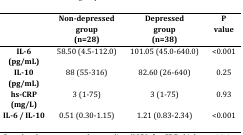
<table><thead><tr><td></td><td><b>Non-depressed group(n=28)</b></td><td><b>Depressed group(n=38)</b></td><td><b>P value</b></td></tr></thead><tbody><tr><td><b>IL-6 </b><b>(pg/mL)</b></td><td>58.50 (4.5-112.0)</td><td>101.05 (45.0-640.0)</td><td>&lt;0.001</td></tr><tr><td><b>IL-10 </b><b>(pg/mL)</b></td><td>88 (55-316)</td><td>82.60 (26-640)</td><td>0.25</td></tr><tr><td><b>hs-CRP </b><b>(mg/L)</b></td><td>3 (1-75)</td><td>3 (1-75)</td><td>0.93</td></tr><tr><td><b>IL-6 / IL-10</b></td><td>0.51 (0.30-1.15)</td><td>1.21 (0.83-2.34)</td><td>&lt;0.001</td></tr></tbody></table>